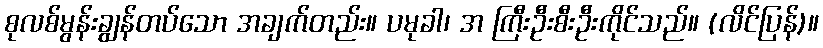
စုလစ်မွန်းချွန်တပ်သော အချက်တည်း။ ပမုခါ၊ အ ကြီးဦးစီးဦးကိုင်သည်။ (လိင်ပြန်)။